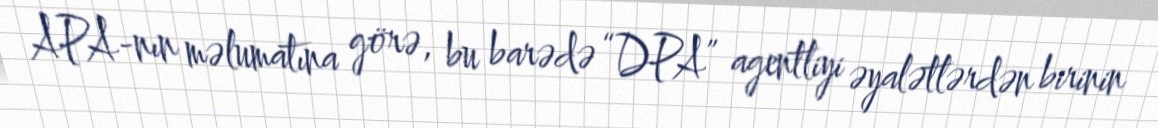
APA-nın məlumatına görə, bu barədə “DPA” agentliyi əyalətlərdən birinin